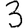
Digit: 3